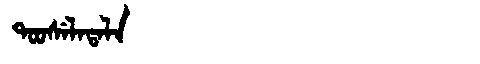
Manchu: ᡨᠣᠣᠰᡝᠯᠠᡨᠠᠯᠠ
Romanization: TOOSELATALA